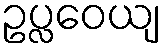
ဥပ္လဝေယျ